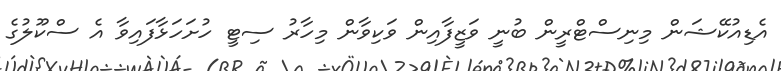
އެޑިއުކޭޝަން މިނިސްޓްރީން ބުނީ ވަޒީފާއިން ވަކިވާން މިހާރު ސިޓީ ހުށަހަޅާފައިވާ އެ ސްކޫލުގެ